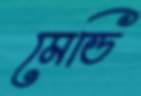
মেডি